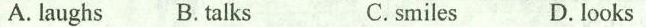
A. laughs B.talks C.smiles D. looks